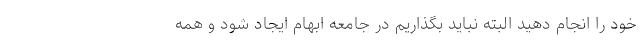
خود را انجام دهید البته نباید بگذاریم در جامعه ابهام ایجاد شود و همه